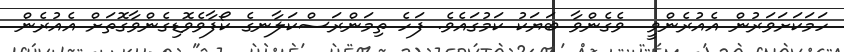
ހަމަކަށަވަރުން އެއުރެންވީ  ވެގެންވާ ބަޔަކު ކަމުގައެވެ. ފަހެ ތިމަންރަސްކަލާނގެ ކޯފާވެވޮޑިގެންވާގޮތަށް އެއުރެން